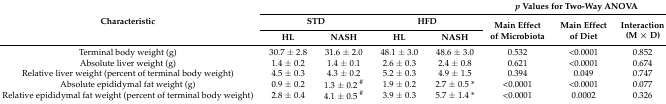
<table><thead><tr><td rowspan="3"><b>Characteristic</b></td><td colspan="2"></td><td colspan="2"></td><td colspan="3"><b><i>p</i> Values for Two-Way ANOVA</b></td></tr><tr><td colspan="2"><b>STD</b></td><td colspan="2"><b>HFD</b></td><td rowspan="2"><b>Main Effect of Microbiota</b></td><td rowspan="2"><b>Main Effect of Diet</b></td><td rowspan="2"><b>Interaction (M × D)</b></td></tr><tr><td><b>HL</b></td><td><b>NASH</b></td><td><b>HL</b></td><td><b>NASH</b></td></tr></thead><tbody><tr><td>Terminal body weight (g)</td><td>30.7 ± 2.8</td><td>31.6 ± 2.0</td><td>48.1 ± 3.0</td><td>48.6 ± 3.0</td><td>0.532</td><td>&lt;0.0001</td><td>0.852</td></tr><tr><td>Absolute liver weight (g)</td><td>1.4 ± 0.2</td><td>1.4 ± 0.1</td><td>2.6 ± 0.3</td><td>2.4 ± 0.8</td><td>0.621</td><td>&lt;0.0001</td><td>0.674</td></tr><tr><td>Relative liver weight (percent of terminal body weight)</td><td>4.5 ± 0.3</td><td>4.3 ± 0.2</td><td>5.2 ± 0.3</td><td>4.9 ± 1.5</td><td>0.394</td><td>0.049</td><td>0.747</td></tr><tr><td>Absolute epididymal fat weight (g)</td><td>0.9 ± 0.2</td><td>1.3 ± 0.2 <sup>#</sup></td><td>1.9 ± 0.2</td><td>2.7 ± 0.5 *</td><td>&lt;0.0001</td><td>&lt;0.0001</td><td>0.077</td></tr><tr><td>Relative epididymal fat weight (percent of terminal body weight)</td><td>2.8 ± 0.4</td><td>4.1 ± 0.5 <sup>#</sup></td><td>3.9 ± 0.3</td><td>5.7 ± 1.4 *</td><td>&lt;0.0001</td><td>0.0002</td><td>0.326</td></tr></tbody></table>